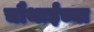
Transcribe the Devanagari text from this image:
चौथाईच्या